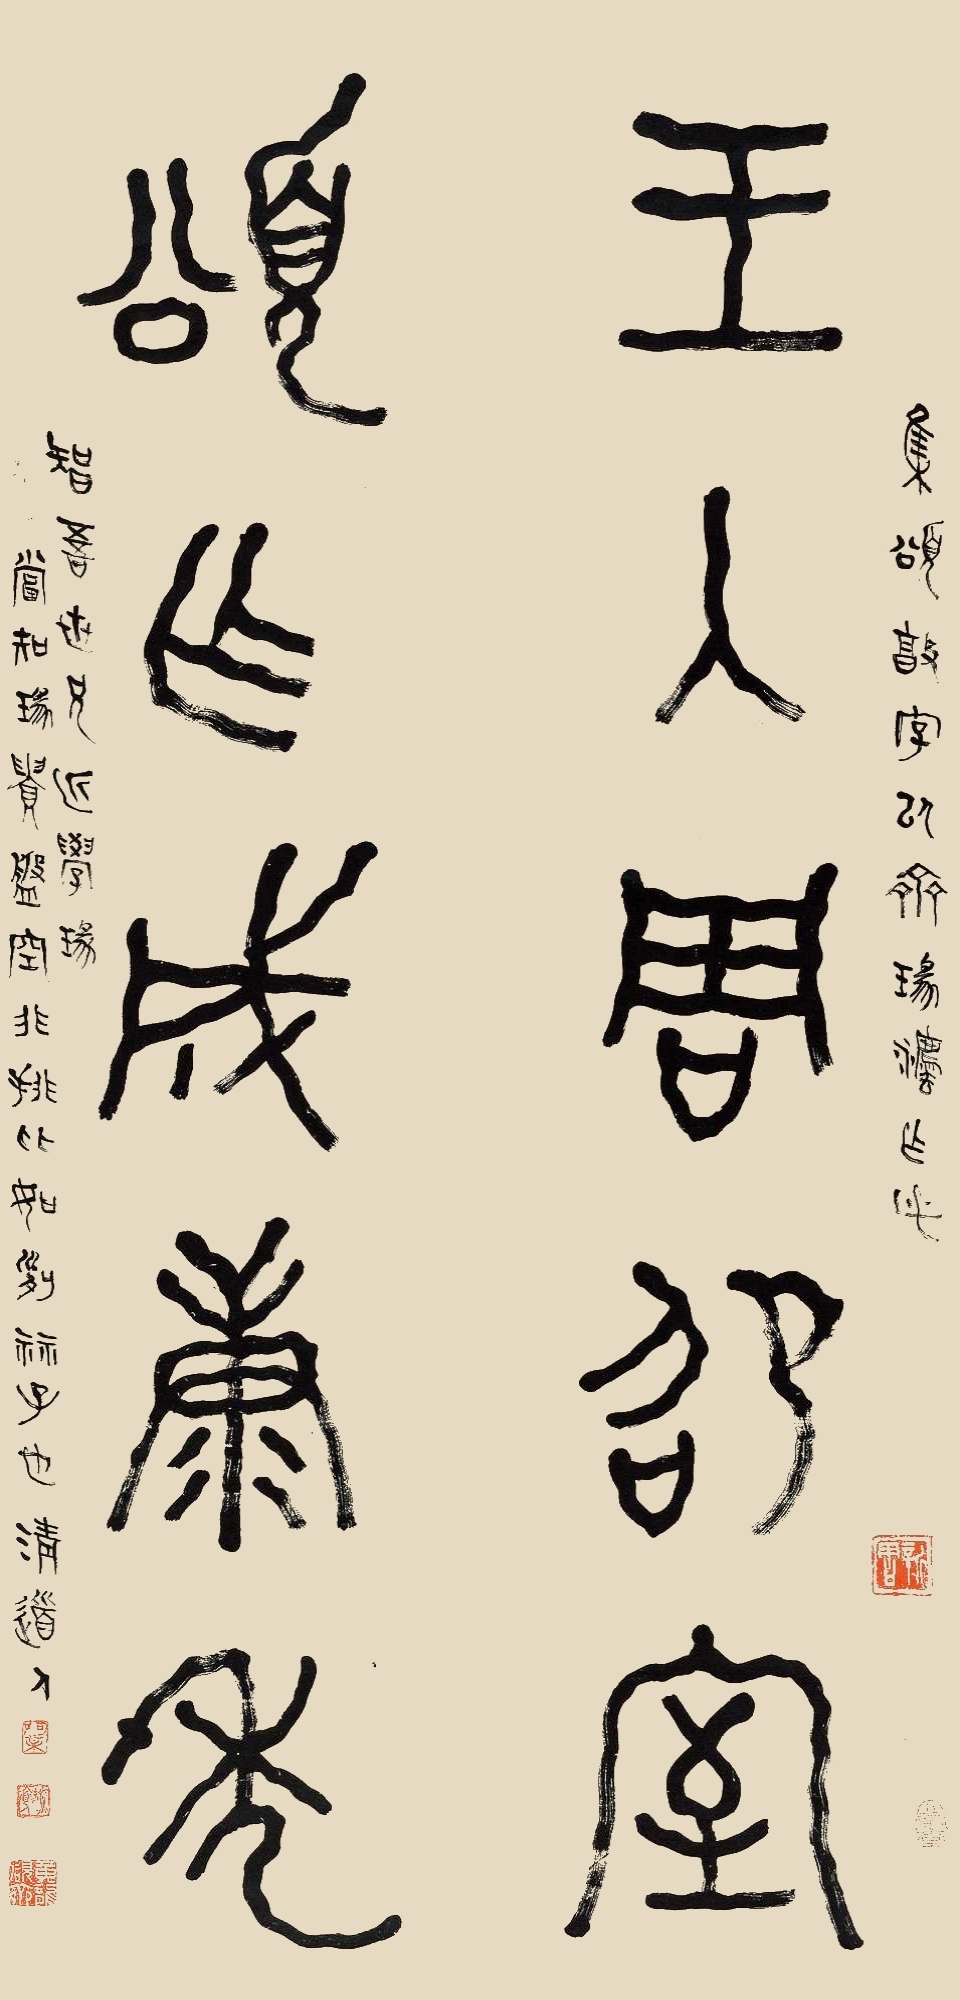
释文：王入周邵室，颂作成康年。集颂敦字，以齐瑑法作此。智吾世兄近学瑑，当知瑑贵盘空非排比，如刊算子也。清道人。